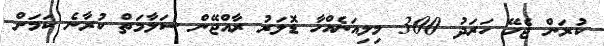
ކުރަން ޖެހޭ ހަރަދު 300 މިލިއަނެއްހާ ޑޮލަރު ރާއްޖޭން ސަލާމަތް ކުރާނެ ކަމަށް